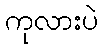
ကုလားပဲ